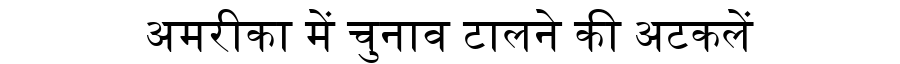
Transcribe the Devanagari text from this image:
अमरीका में चुनाव टालने की अटकलें